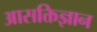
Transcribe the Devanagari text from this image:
आसक्तिज्ञान